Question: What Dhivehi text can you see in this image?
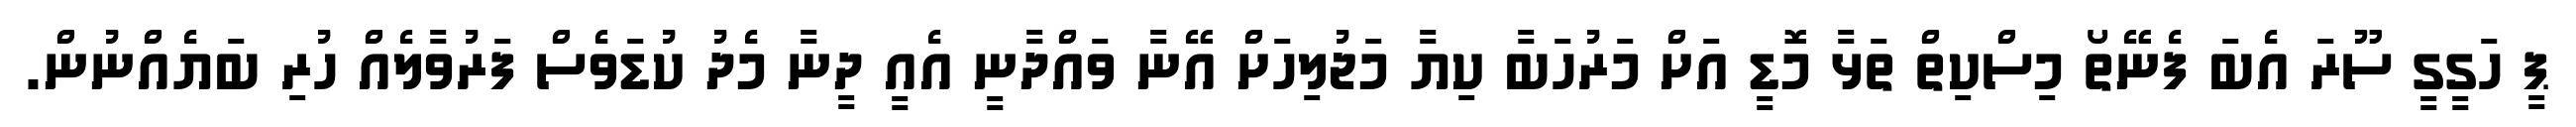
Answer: ޕީ ހަގީގީ ސޫރަ އެބަ ފެނޭތޯ މިސްކިތް ތަޅާ މޮޑީ އަށް މަރުހަބާ ކިޔާ މަޖުލިހަށް އޭނާ ވައްދާނީ އެއީ ދީނާ މެދު ކުޑަވެސް ފަރުވާލެއް ހުރި ބަޔެއްނުން.